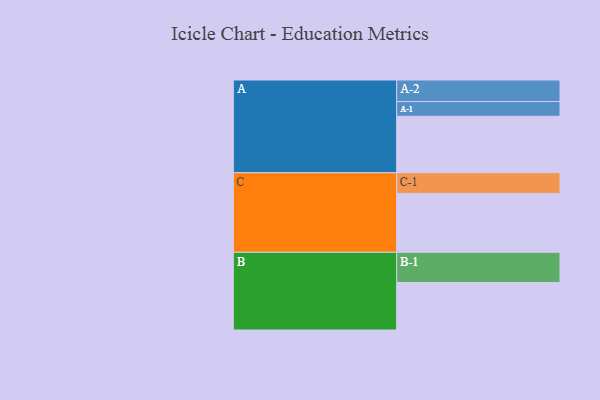
{"axis": {"x": "Segment", "y": "Value"}, "legend": ["", "A", "B", "C"], "data": [{"x": "A", "y": 517, "type": ""}, {"x": "B", "y": 435, "type": ""}, {"x": "C", "y": 539, "type": ""}, {"x": "A-1", "y": 135, "type": "A"}, {"x": "A-2", "y": 197, "type": "A"}, {"x": "B-1", "y": 276, "type": "B"}, {"x": "C-1", "y": 189, "type": "C"}]}